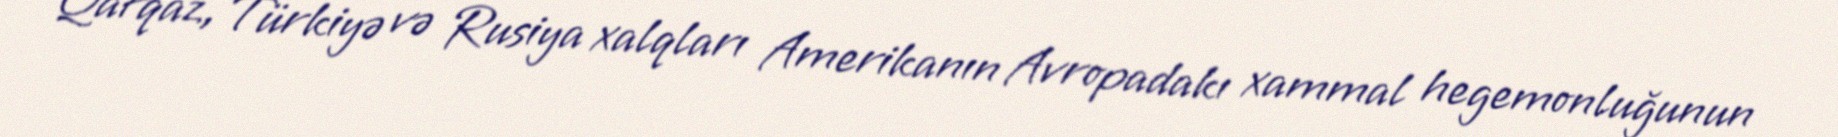
“Qafqaz, Türkiyə və Rusiya xalqları Amerikanın Avropadakı xammal hegemonluğunun